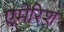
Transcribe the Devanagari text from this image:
एमेरिश